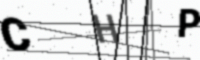
Text: CHP